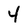
Character: 4